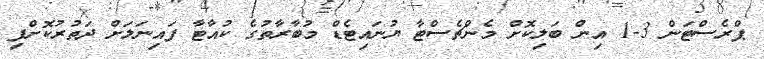
ޕްރެސްޓަން 3-1 އިން ބަލިކޮށް މެންޗެސްޓާ ޔުނައިޓެޑް މުބާރާތުގެ ކުއާޓާ ފައިނަލަށް ދަތުރުކޮށްފި